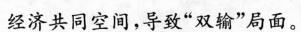
经济共同空间，导致”双输”局面。